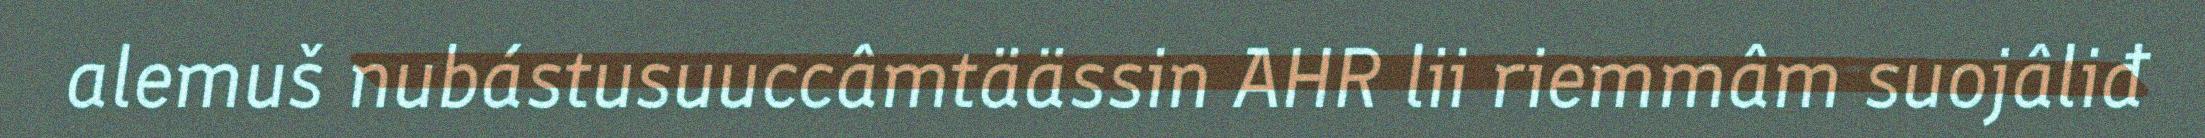
alemuš nubástusuuccâmtäässin AHR lii riemmâm suojâliđ